Medical and sanitary report of the native army of Bengal for the year
Year: 1874
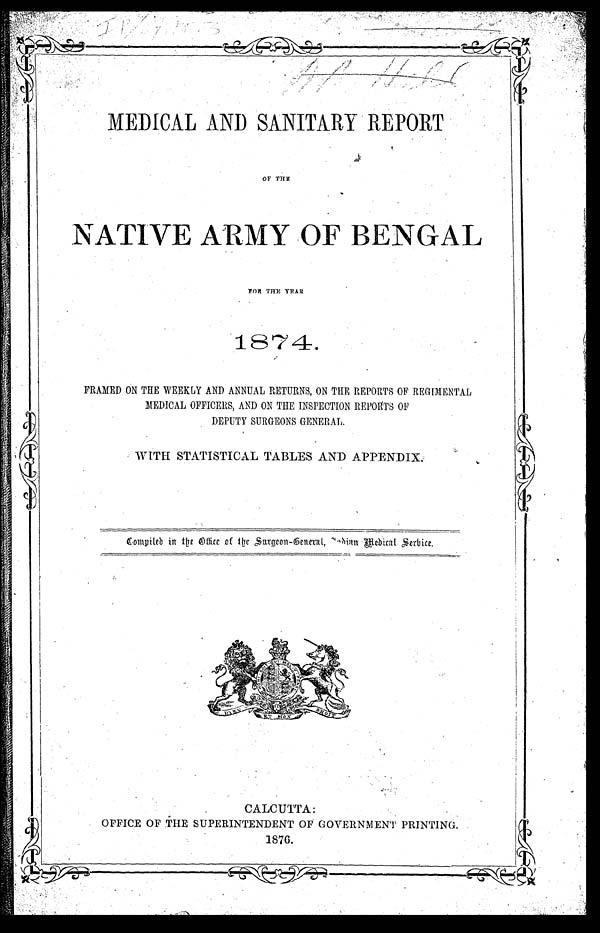
MEDICAL AND SANITARY REPORT
OF THE
NATIVE ARMY OF BENGAL
FOR THE YEAR
1874.
FRAMED ON THE WEEKLY AND ANNUAL RETURNS, ON THE REPORTS OF REGIMENTAL
MEDICAL OFFICERS, AND ON THE INSPECTION REPORTS OF
DEPUTY SURGEONS GENERAL.
WITH STATISTICAL TABLES AND APPENDIX.
Compiled in the Office of the Suregeon-General, Indian Medical Service.
CALCUTTA :
OFFICE OF THE SUPERINTENDENT OF GOVERNMENT PRINTING.
1876.